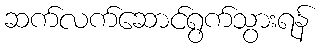
ဆက်လက်ဆောင်ရွက်သွားရန်